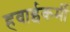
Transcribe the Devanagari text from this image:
हवाईकर्मी